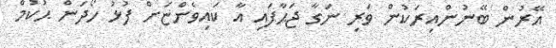
އޭރުން ބޭނުންއިރަކުން ވަރި ނަގާ ޖަޙާފައި އާ ކައިވެންޏަށް ފުޅު ހޯދަން ޙުކުމް